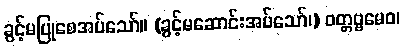
ခွင့်မပြုစေအပ်သော်။ (ခွင့်မဆောင်းအပ်သော်၊) ဝတ္တဗ္ဗမေဝ၊